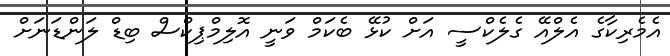
އެމެރިކާގެ އެލްއޭ ގެލެކްސީ އަށް ކުޅޭ ބެކަމް ވަނީ އޮލިމްޕިކްސް ބިޑް ލަންޑަނަށް